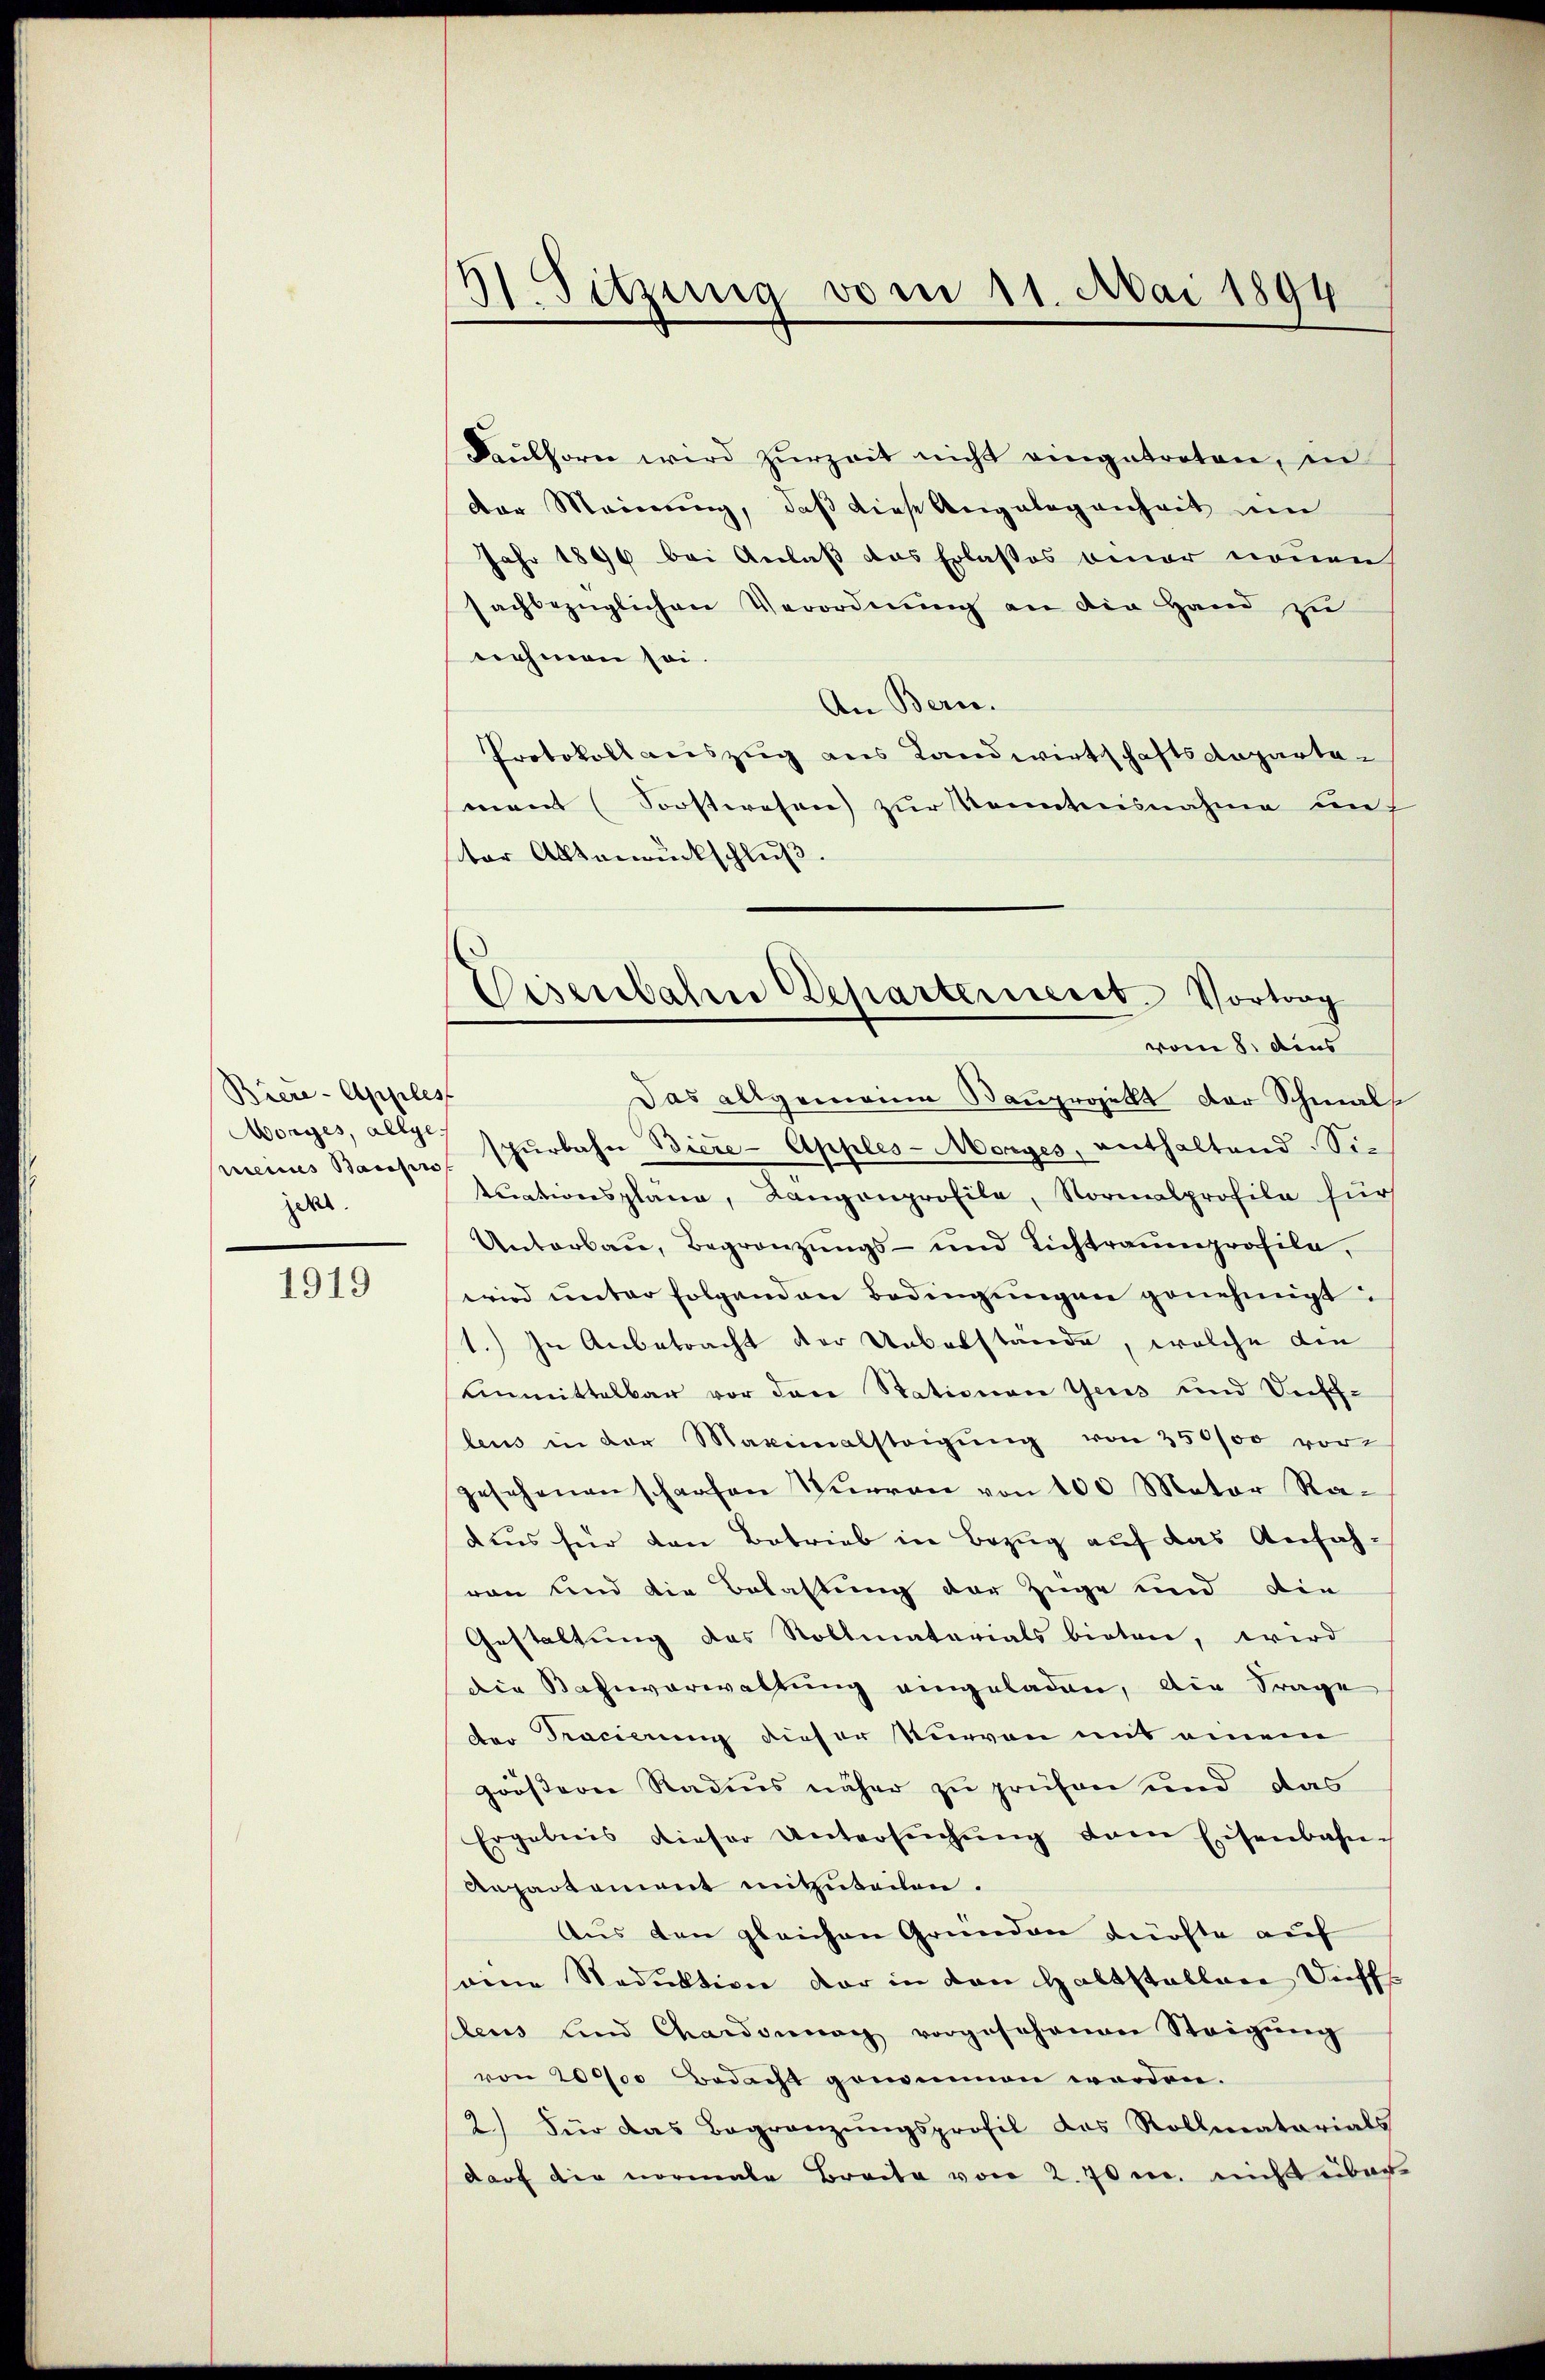
1919

A. Sitzung vom 11. Mai 1894

Kaŭlhorn wird zŭrzeit nicht eingetreten, in
der Meinung, daß diese Angelegenheit im
Jahr 1890 bei Anlaß das Erlasses einer neuen
sachbezüglichen Verordnung an die Hand zu
nehmen sei.
An Bern.
Protokoll auszug aus Landwirtschaftsdepartemant (Sorstwesen zur Kenntnisnahme auf
tor Altenrückschluß.
Das allgemeine Bauprojekt der Schmals
meines Bauses Phŭrbahn Biere-Apples-Morges, enthaltend. Sie
tuationspläne, Langenprofile, Normalprofila für
Unterbau, Begränzungs- und Lichtraumprofila,
wird unter folgenden Bedingungen genehmigt.
1.) In Anbetracht der Ueberstände, welche die
Unmittelbar vor den Stationen Gens und Beisch-
leus in der Maximalsteigŭng von 250/00 vor
gesehenen scharfen Türren von 100 Mator Radus für den Betrieb in Bezug auf das Anfahvon und die Belastung der Züge und die
Gestaltung das Rollmatorials bieten, wird
die Bahnverwaltung eingeladen, die Frage
der Tracierung dieser Kurven mit einem
grössern Radius näher zu prüfen und das
Ergebnis dieser Untersŭchŭng dem Eisenbahn-
Anpartement mitzuteilen.
Aus den gleichen Gründen dürfte auf
seine Reduktion der in von Haltstaller Dieffs
Eleus und Chardonnag vorgesehenen Steigŭng
von 20000 Bedacht genommen worden.
2.) Für das Begränzungsprofil des Rollmatarials
darf die normale Bracte von 2. 70 u. nicht über¬

Biere-Apples
Morges, allge-
jekt.

Disenbahre Departement. Vortrag
vom 8. dies